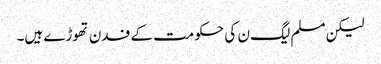
لیکن مسلم لیگ ن کی حکومت کے فدن تھوڑے ہیں۔